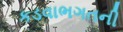
કડવાભગતની